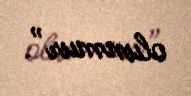
olunmur”.